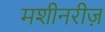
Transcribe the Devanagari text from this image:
मशीनरीज़